Bréfritari: Eiríkur Halldórsson
Viðtakandi: Halldór Jónsson
Dagsetning: A-1872-03-11
Skrifað á: Eyrarlandi  Eyf.

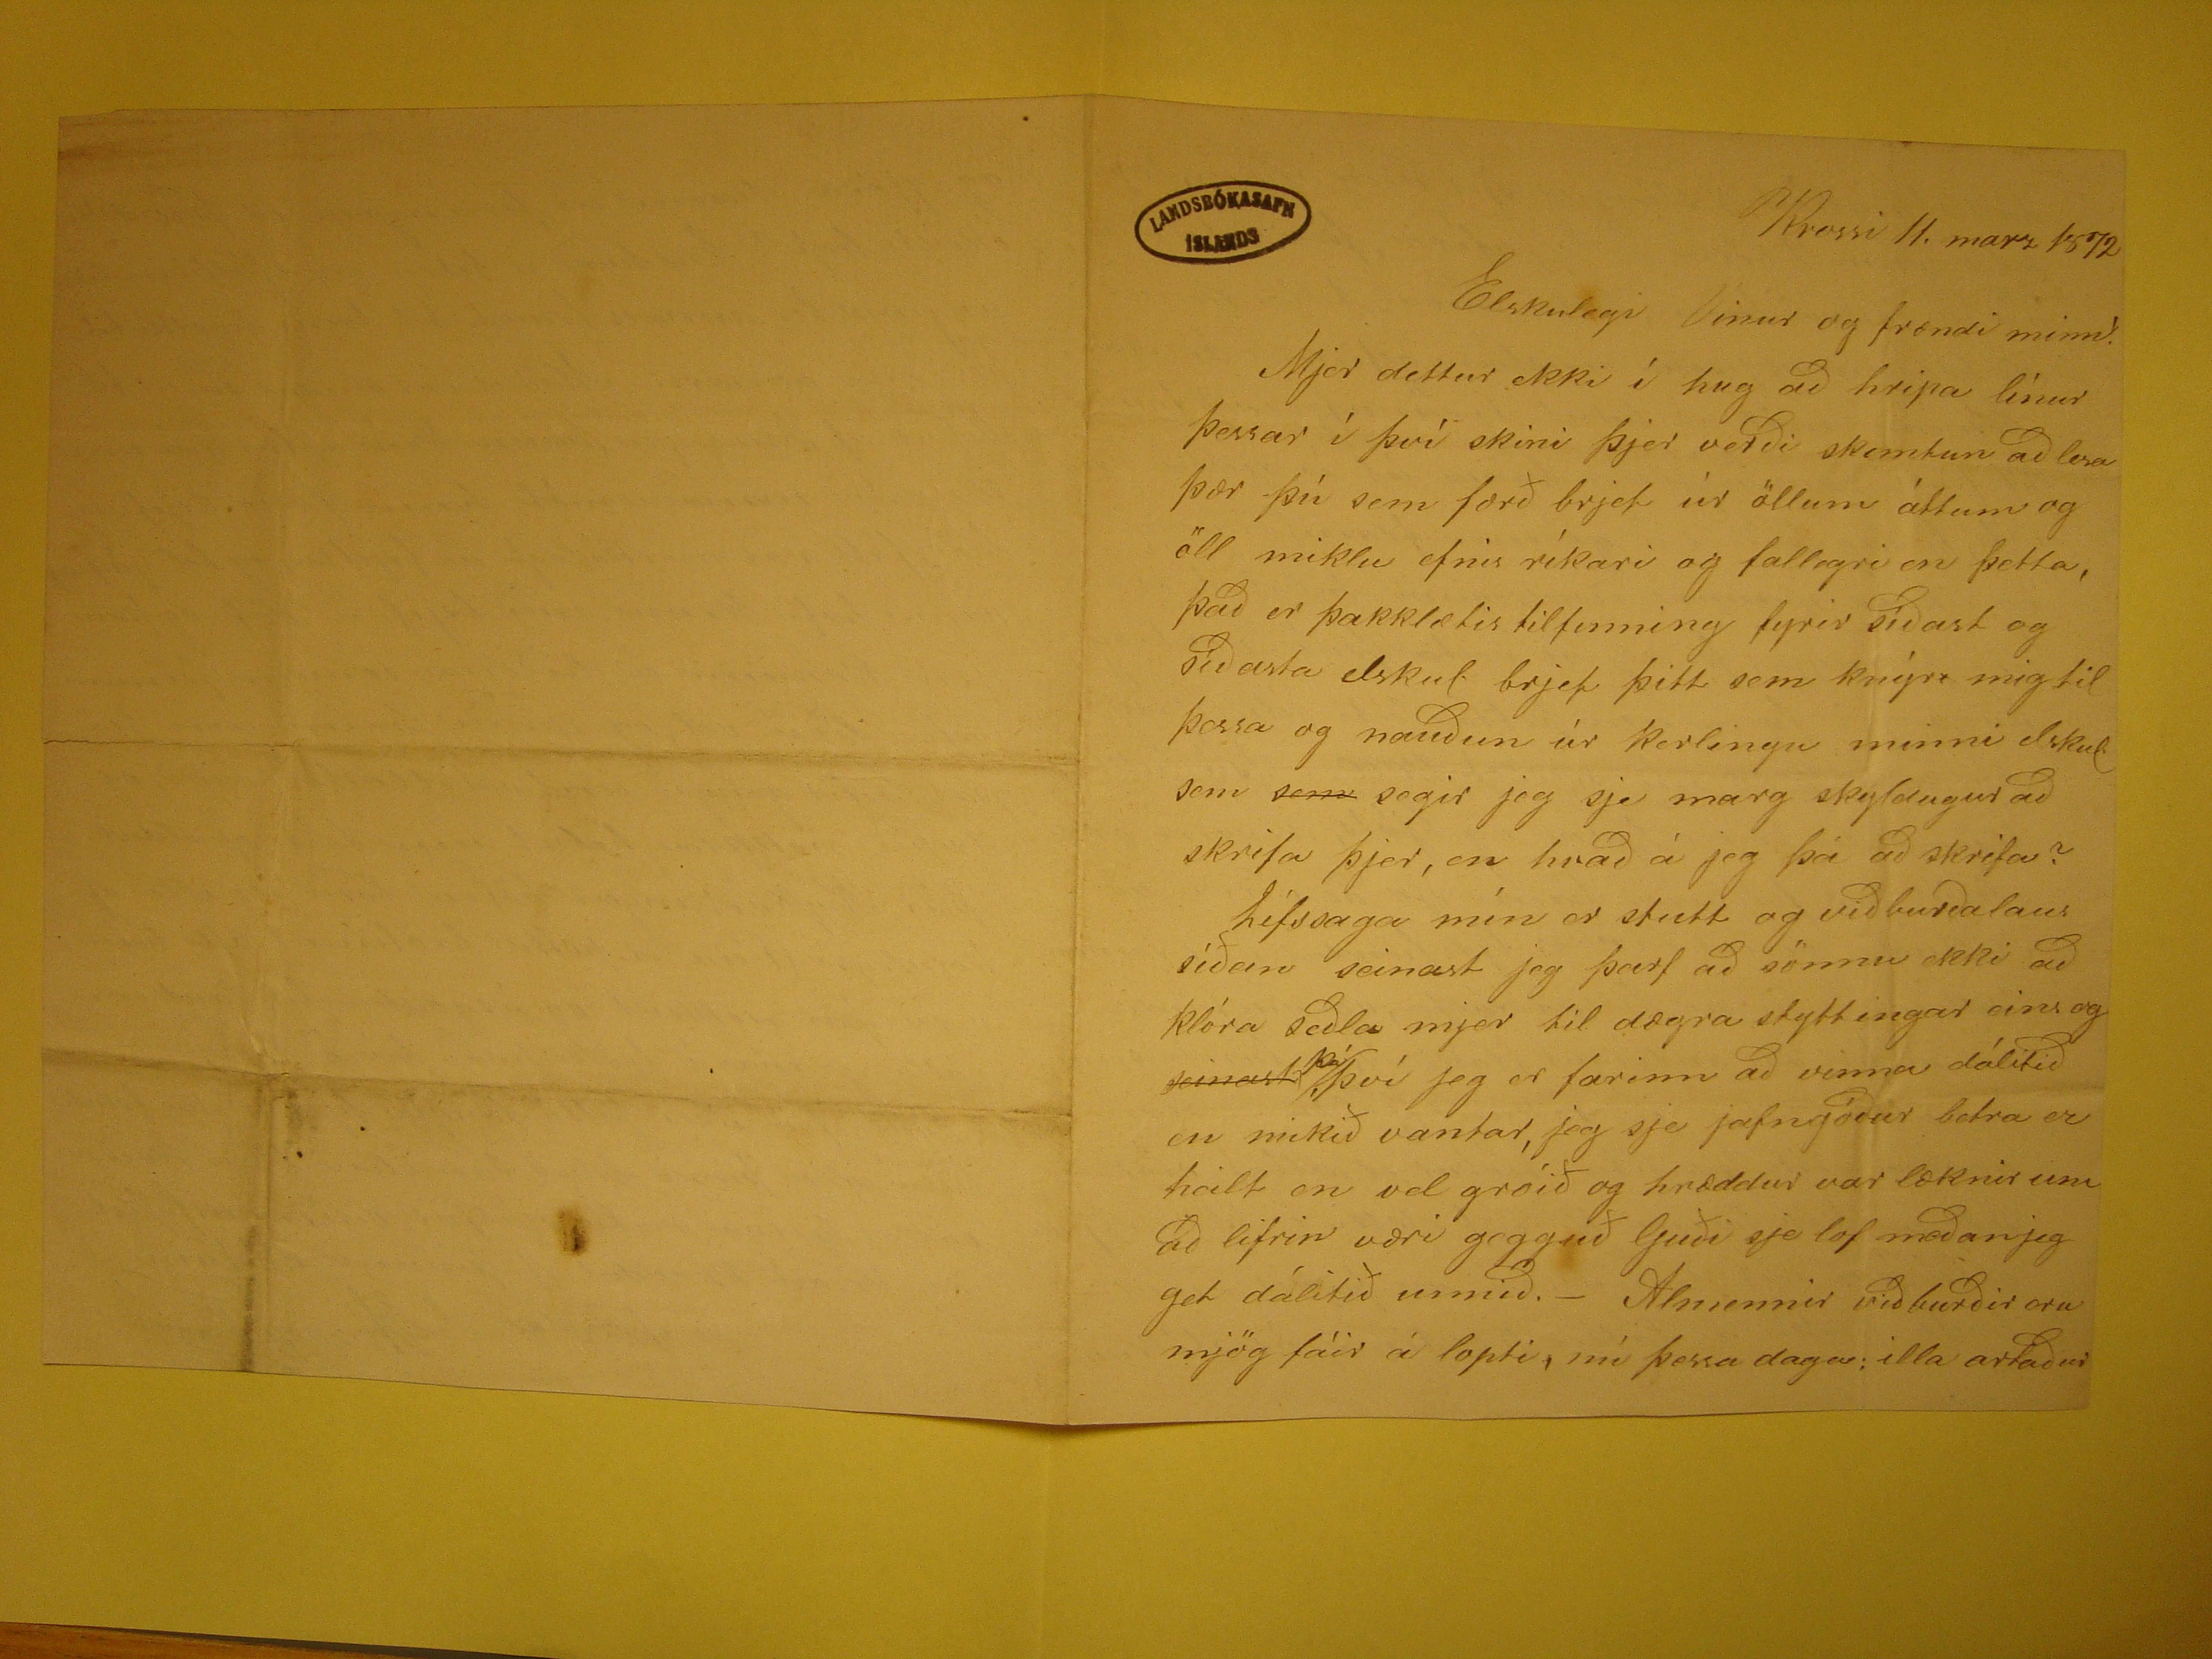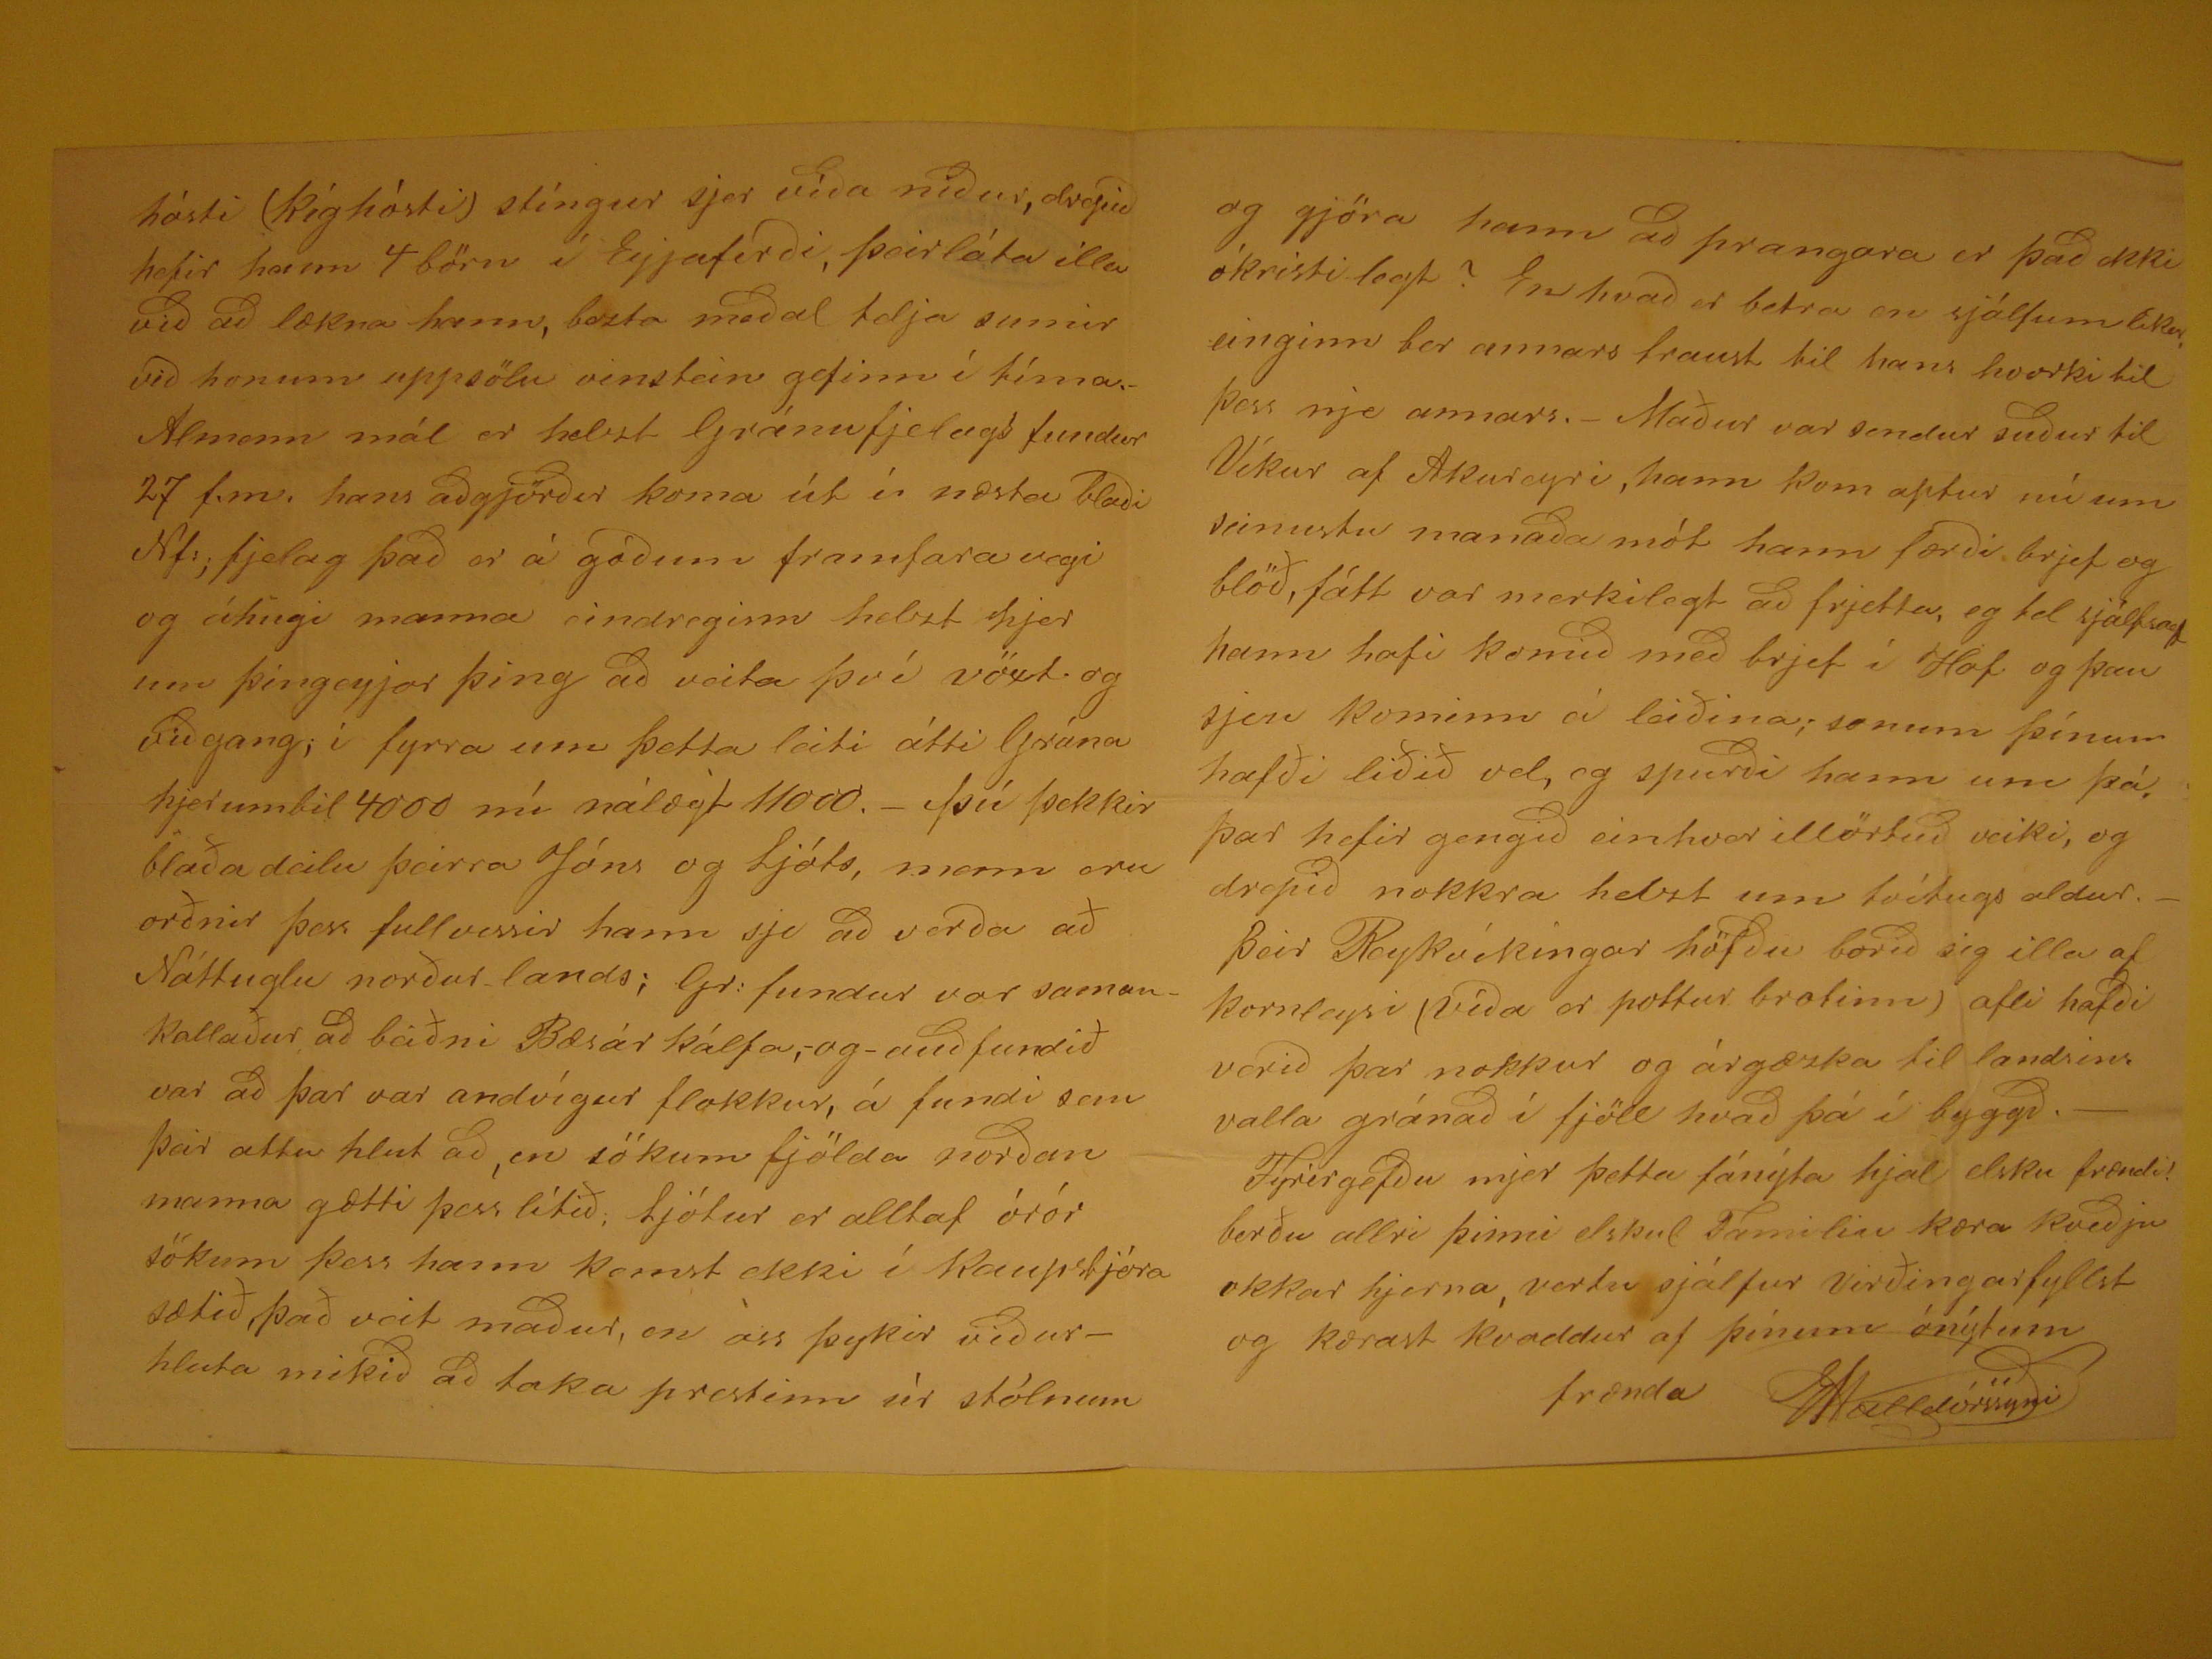

Krossi 11. marz 1872
Elskulegi Vinur og frændi minn!
Mjer dettur ekki í hug að hripa línur þessar í því skini þjer verði skemtun að lesa þær þú sem færð brjef úr öllum áttum og öll miklu efnis ríkari og fallegri en þetta,
það er þakklætis tilfinning fyrir síðast og síðasta elskul. brjef þitt sem knýrr mig til þessa og nauðun úr kerlingu minni elskul. sem
rend="overstrike">sem
segir jeg sje marg skyldugur að skrifa þjer, en hvað á jeg þá að skrifa? Lófssaga mín er stutt og viðburðalaus síðan seinast jeg þarf að
sönnu ekki að klóra seðla mjer til dægra styttingar eins og
seinast
þá
, því jeg er farinn að vinna dálitið en mikið vantar, jeg sje jafngóður betra er heilt en el gróið og hræddur var læknir um að lifrin væri gogguð Guði sje lof meðanjeg
get dálitið unnið.- Almennir viðburðir eru mjög fáir á lopti, nú þessa daga: illa artaður
hósti (kíghósti) stíngur sjer víða niður, drepið hefir hann 4 börn í Eyjaferði, þeir láta illa við að lækna hann, bezta meðal telja sumir við honum uppsölu vinstein
gefinn í tíma.- Almenn mál er helzt Gránufjelags fundur 27 f.m. hans aðgjörðir koma út í næsta blaði
Nf.; fjelag
það er á góðum framfaravegi
og áhugi manna eindreginn helzt hjer um þingeyjar þing að veita því vöxt. og viðgang; í fyrra um þetta leiti átti Grána hjerumbil 4000 nú nálægt 11000.- Þú þekkir
blaða deilu þeirra Jóns og Ljóts, menn eru orðnir þess fullvessir hann sje að verða að Náttuglu norður lands;
Gr: fundur
var samankallaður að
beiðni Bæsár kálfa,- og- auðfundið var að þar var andvígur flokkur, á fundi sem þeir ættu hlut að, n sökum fjölda norðan manna gætti þess lítið; Ljótur er alltaf órór
sökum þess hænn komst ekki í Kaupstjóra sætið, það veit maður, en oss þykir viðurhluta mikið að taka prestinn úr stólnum
og gjöra hann að prangara er það ekki ókristilegt? En hvað er betra en sjálfumlikur. einginn ber annars traust til hans hvorki til þess nje annars.- Maður var sendur
suður til Víkur af Akureyri ,hann kom aptur nú um seinustu manaðar mót hann færði brjef og blöð, fátt var merkilegt að frjetta, eg tel sjálfsagt hann hafi komið með
brjef í Hof og þau sjeu kominn á leiðina; sonum þínum hæfði liðið vel, eg spurði hann um þá, þar hefir gengið einhver illörtuð veiki, og drepið nokkra helzt um
tvítugs aldur.- Þeir Reykvíkingar höfðu borið sig illa af kornleysi (víða er pottur brotinn) afli hafði verið þar nokkur og árgæzka til landsins valla gránað í fjöll hvað
þá í byggð.- Fyrirgefðu mjer þetta fánýta hjal elsku frændi! berðu allri þinni elskul. Familiu kæra kveðju okkar hjerna, vertu sjálfur virðingarfyllst og kærast kvaddur
af þínum ónýtum frænda
EHalldórssyni